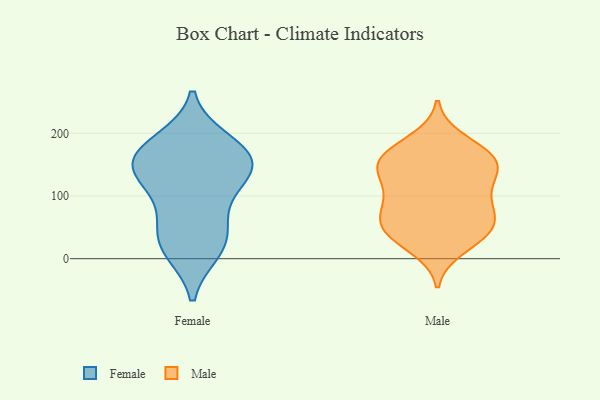
{"axis": {"x": "Waste Production (Tons)", "y": "Value"}, "legend": ["Female", "Male"], "data": [{"x": "", "y": 187, "type": "Female"}, {"x": "", "y": 139, "type": "Female"}, {"x": "", "y": 33, "type": "Female"}, {"x": "", "y": 171, "type": "Female"}, {"x": "", "y": 87, "type": "Female"}, {"x": "", "y": 156, "type": "Female"}, {"x": "", "y": 132, "type": "Female"}, {"x": "", "y": 175, "type": "Female"}, {"x": "", "y": 13, "type": "Female"}, {"x": "", "y": 17, "type": "Female"}, {"x": "", "y": 127, "type": "Female"}, {"x": "", "y": 53, "type": "Female"}, {"x": "", "y": 153, "type": "Female"}, {"x": "", "y": 109, "type": "Male"}, {"x": "", "y": 38, "type": "Male"}, {"x": "", "y": 153, "type": "Male"}, {"x": "", "y": 146, "type": "Male"}, {"x": "", "y": 139, "type": "Male"}, {"x": "", "y": 124, "type": "Male"}, {"x": "", "y": 150, "type": "Male"}, {"x": "", "y": 17, "type": "Male"}, {"x": "", "y": 174, "type": "Male"}, {"x": "", "y": 163, "type": "Male"}, {"x": "", "y": 91, "type": "Male"}, {"x": "", "y": 40, "type": "Male"}, {"x": "", "y": 58, "type": "Male"}, {"x": "", "y": 162, "type": "Male"}, {"x": "", "y": 34, "type": "Male"}, {"x": "", "y": 65, "type": "Male"}, {"x": "", "y": 98, "type": "Male"}, {"x": "", "y": 61, "type": "Male"}, {"x": "", "y": 69, "type": "Male"}, {"x": "", "y": 189, "type": "Male"}]}